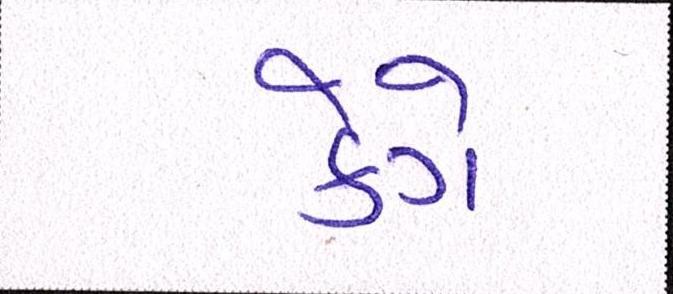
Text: કેગે